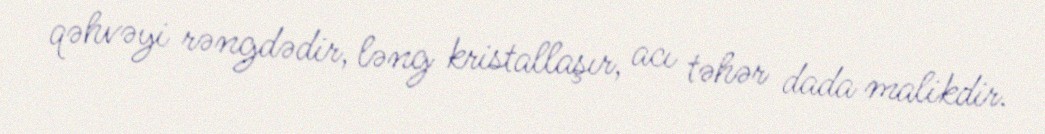
qəhvəyi rəngdədir, ləng kristallaşır, acı təhər dada malikdir.